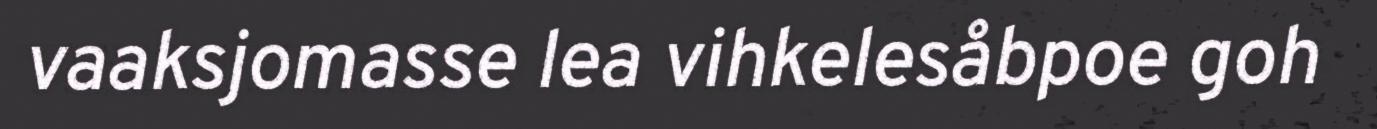
vaaksjomasse lea vihkelesåbpoe goh